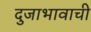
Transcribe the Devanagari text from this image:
दुजाभावाची